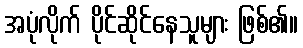
အပုံလိုက် ပိုင်ဆိုင်နေသူများ ဖြစ်၏။